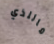
ماللذي